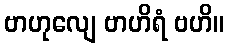
ဗာဟုလျေ ဗာဟိရံ ဗဟိ။